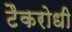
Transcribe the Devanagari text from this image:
टैकरोधी